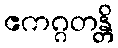
ဧကဂ္ဂတန္တိ